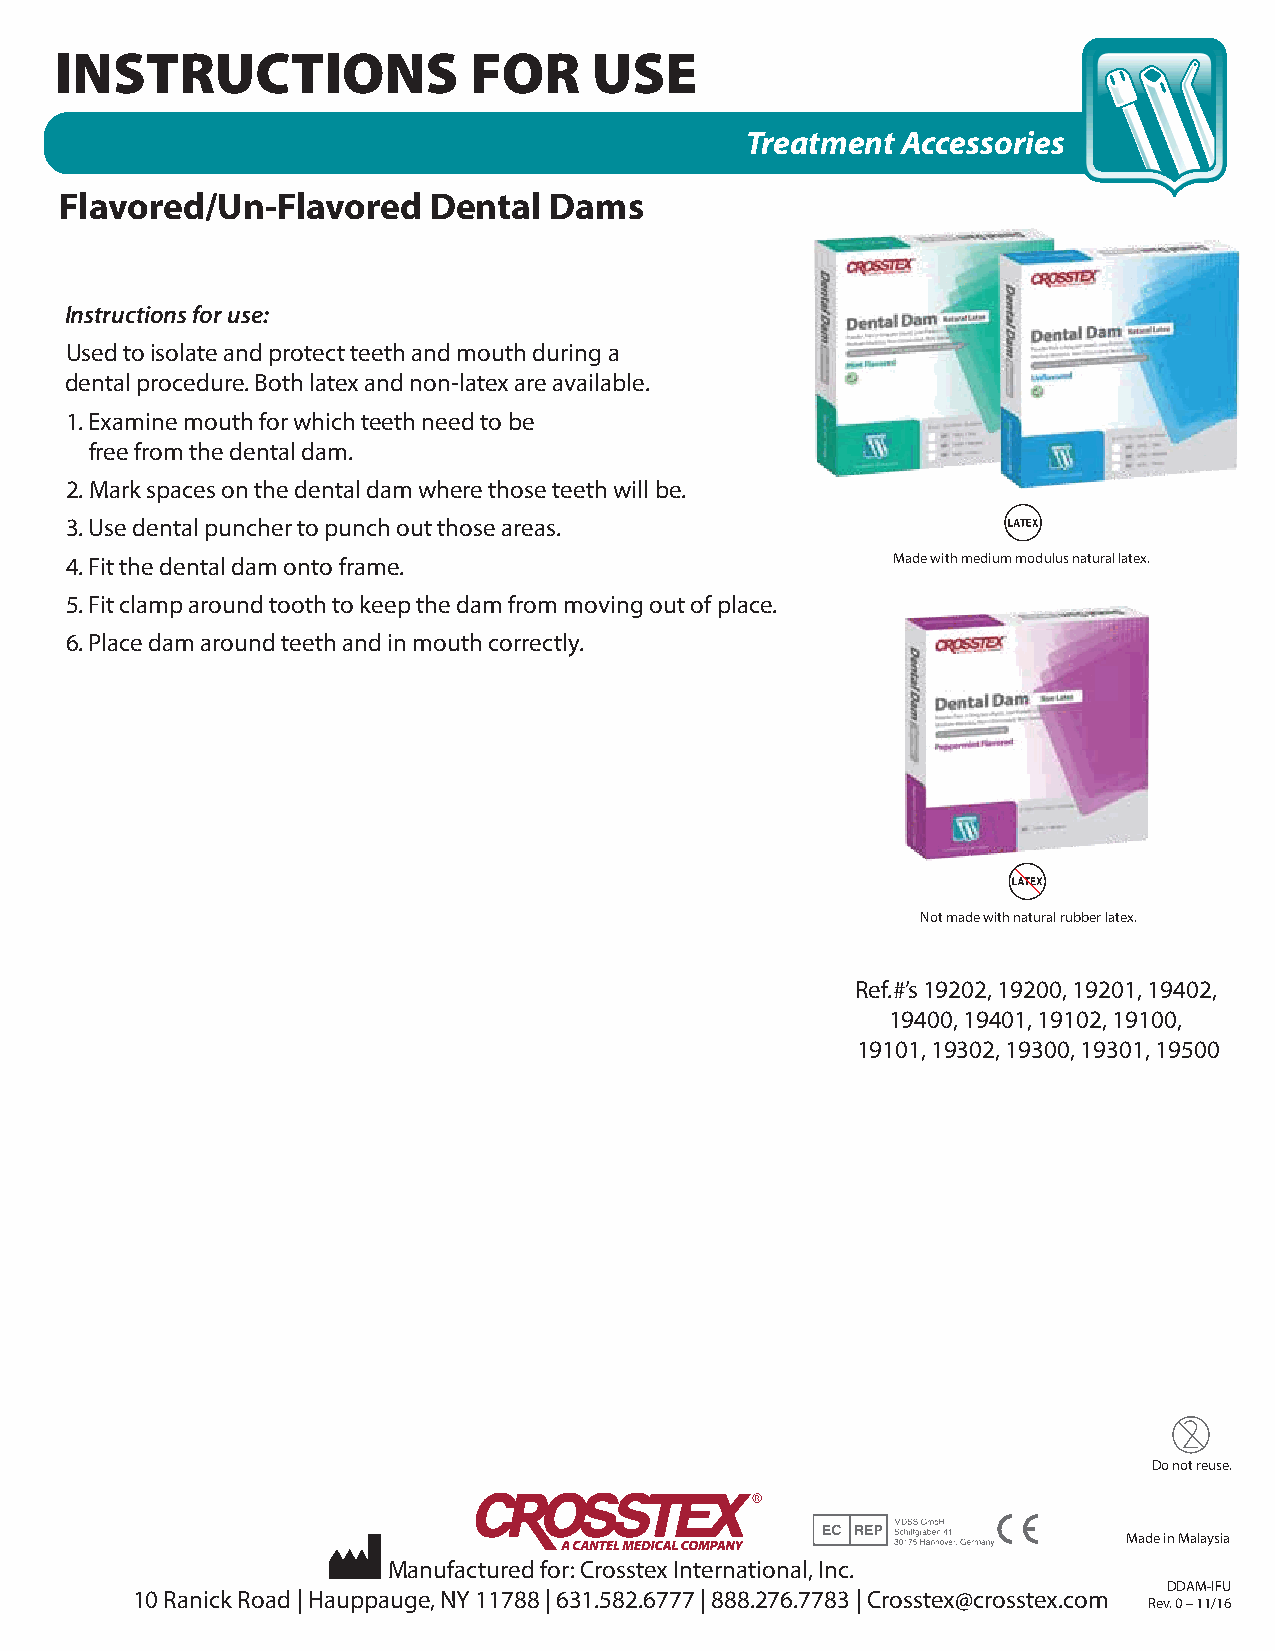
INSTRUCTIONS               FOR     USE
 Treatment  Accessories
 Flavored/Un-Flavored    Dental  Dams
 Instructions for use:
 Used to isolate and protect teeth and mouth during a
 dental procedure. Both latex and non-latex are available.
 1. Examine mouth for which teeth need to be
 free from the dental dam.
 2. Mark spaces on the dental dam where those teeth will be.
 3. Use dental puncher to punch out those areas.
 4. Fit the dental dam onto frame.                      Made with medium modulus natural latex.
 5. Fit clamp around tooth to keep the dam from moving out of place.
 6. Place dam around teeth and in mouth correctly.
 Not made with natural rubber latex.
 Ref.#’s 19202, 19200, 19201, 19402,
 19400, 19401, 19102, 19100,
 19101, 19302, 19300, 19301, 19500
 Do not reuse.
 Made in Malaysia
 Manufactured for: Crosstex International, Inc.
 DDAM-IFU
 10 Ranick Road | Hauppauge, NY 11788 | 631.582.6777 | 888.276.7783 | Crosstex@crosstex.com
 Rev. 0 – 11/16